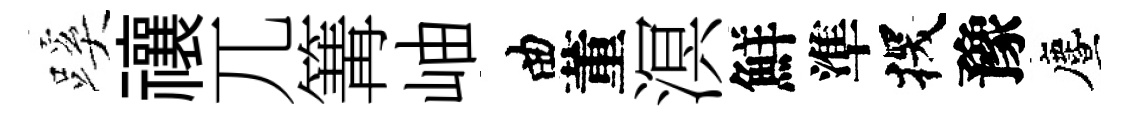
蹊禳兀篝岫曲董溟鮮準探豫󵨌